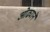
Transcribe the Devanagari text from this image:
ओढ्याने